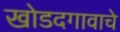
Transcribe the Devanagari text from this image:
खोडदगावाचे